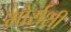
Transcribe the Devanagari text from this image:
मोर्सशी